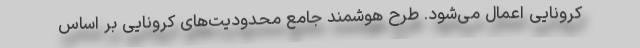
کرونایی اعمال می‌شود. طرح هوشمند جامع محدودیت‌های کرونایی بر اساس